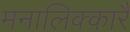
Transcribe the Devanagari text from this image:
मनालिक्कारै